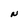
Character: N